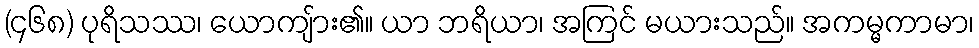
(၄၆၈) ပုရိသဿ၊ ယောကျ်ား၏။ ယာ ဘရိယာ၊ အကြင် မယားသည်။ အကမ္မကာမာ၊